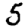
Digit: 5